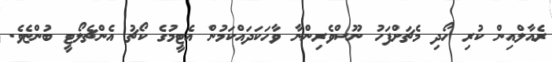
ރެއާލްއިން ކުރި ހޯދި މެޗަށްފަހު ނޫސްވެރިންނާ ވާހަކަދައްކަމުން އެޓީމުގެ ކޯޗު އެންޗެލޯޓީ ބުންޏެވެ.